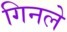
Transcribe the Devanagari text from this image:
गिनले